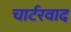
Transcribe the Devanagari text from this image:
चार्टरवाद